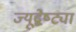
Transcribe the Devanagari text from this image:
ज्यूद्वेष्ट्या